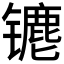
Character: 𰿁